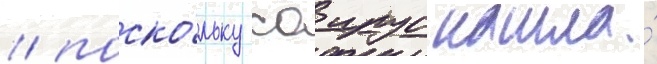
/ поско́льку саирус нашла́